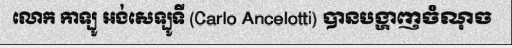
លោក កាឡូ អង់សេឡូទី (Carlo Ancelotti) បានបង្ហាញចំណុច